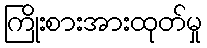
ကြိုးစားအားထုတ်မှု